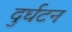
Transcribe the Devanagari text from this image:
दुर्घटन